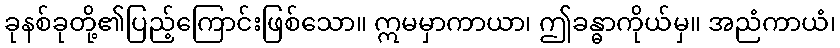
ခုနစ်ခုတို့၏ပြည့်ကြောင်းဖြစ်သော။ ဣမမှာကာယာ၊ ဤခန္ဓာကိုယ်မှ။ အညံကာယံ၊